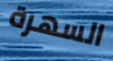
السهرة